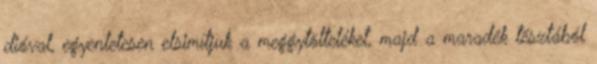
dióval, egyenletesen elsimítjuk a meggytölteléket, majd a maradék tésztából